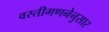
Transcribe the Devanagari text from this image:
वस्तीगणनेनुसार